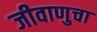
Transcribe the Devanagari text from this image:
जीवाणुचा